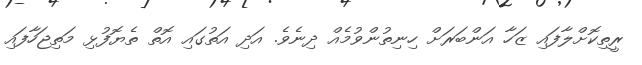
ރީތިކޮށްލާފައި ޒަހާ އަންބަރަށް ހިނިތުންވުމެއް ދިނެވެ. އަދި އަތުގައި އޮތް ތެޔޮފުޅި މަތިޖަހާފައި